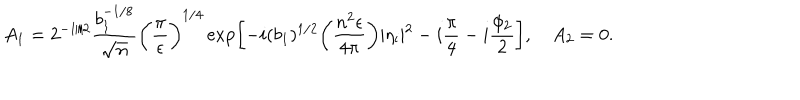
A _ { 1 } = 2 ^ { - 1 / 2 } \frac { b _ { 1 } ^ { - 1 / 8 } } { \sqrt { n } } \biggl ( \frac { \pi } { \epsilon } \biggr ) ^ { 1 / 4 } \exp \biggl [ - i ( b _ { 1 } ) ^ { 1 / 2 } \biggl ( \frac { n ^ { 2 } \epsilon } { 4 \pi } \biggr ) \vert \eta _ { \mathrm { i } } \vert ^ { 2 } - i \frac { \pi } { 4 } - i \frac { \phi _ { 2 } } { 2 } \biggr ] , \quad A _ { 2 } = 0 .